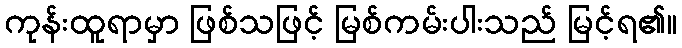
ကုန်းထူရာမှာ ဖြစ်သဖြင့် မြစ်ကမ်းပါးသည် မြင့်ရ၏။